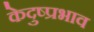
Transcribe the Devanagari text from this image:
केदुष्प्रभाव